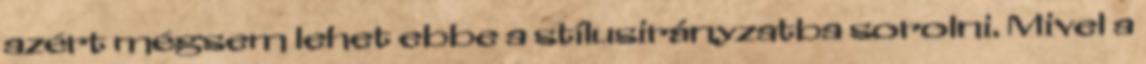
azért mégsem lehet ebbe a stílusirányzatba sorolni. Mivel a